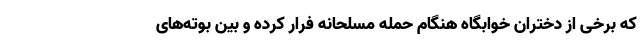
که برخی از دختران خوابگاه هنگام حمله مسلحانه فرار کرده و بین بوته‌های